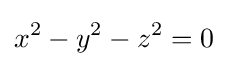
x^{2}-y^{2}-z^{2}=0